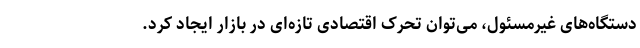
دستگاه‌های غیرمسئول، می‌توان تحرک اقتصادی تازه‌ای در بازار ایجاد کرد.